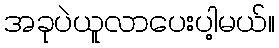
အခုပဲယူလာပေးပါ့မယ်။